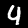
Digit: 4